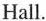
Hall.